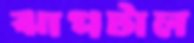
ঝাপটাল